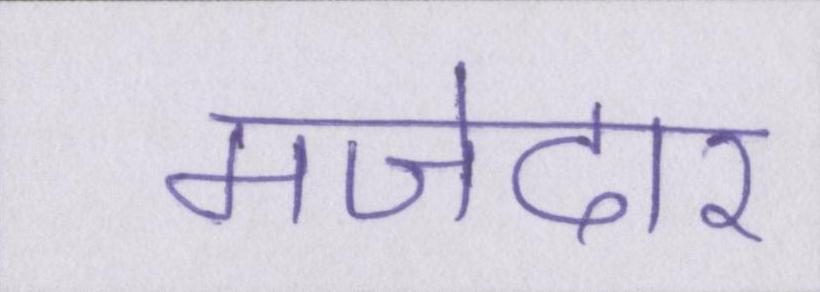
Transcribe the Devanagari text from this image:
मजेदार